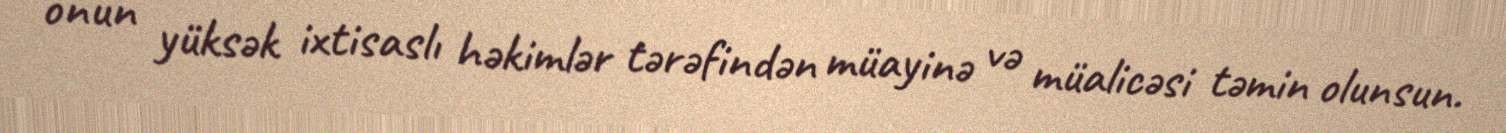
onun yüksək ixtisaslı həkimlər tərəfindən müayinə və müalicəsi təmin olunsun.